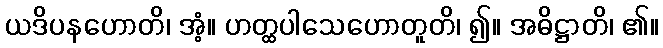
ယဒိပနဟောတိ၊ အံ့။ ဟတ္ထပါသေဟောတူတိ၊ ၍။ အဓိဋ္ဌာတိ၊ ၏။